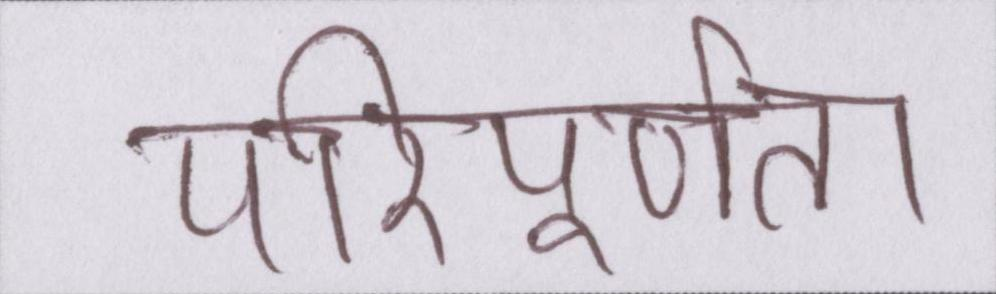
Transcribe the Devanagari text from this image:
परिपूर्णता